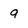
Character: 9